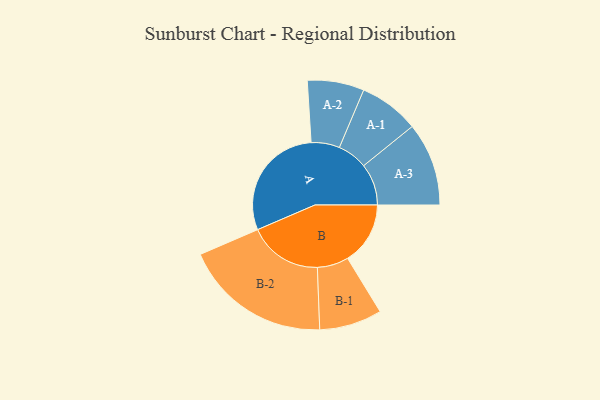
{"axis": {"x": "Segment", "y": "Value"}, "legend": ["", "A", "B"], "data": [{"x": "A", "y": 476, "type": ""}, {"x": "B", "y": 254, "type": ""}, {"x": "A-1", "y": 122, "type": "A"}, {"x": "A-2", "y": 115, "type": "A"}, {"x": "A-3", "y": 169, "type": "A"}, {"x": "B-1", "y": 127, "type": "B"}, {"x": "B-2", "y": 299, "type": "B"}]}